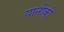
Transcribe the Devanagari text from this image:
यानीकी